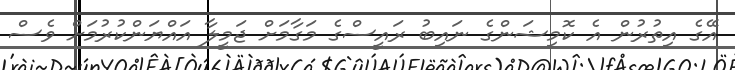
އޭގެ އިތުރުން އެ ކޮމިޝަންގެ ނައިބު ރައީސްގެ މަގާމަށް ޖަމީލާ އައްޔަންކުރުމަށް ވެސް